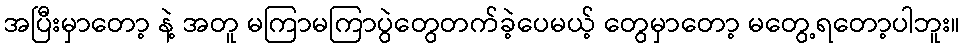
အပြီးမှာတော့ နဲ့ အတူ မကြာမကြာပွဲတွေတက်ခဲ့ပေမယ့် တွေမှာတော့ မတွေ့ရတော့ပါဘူး။